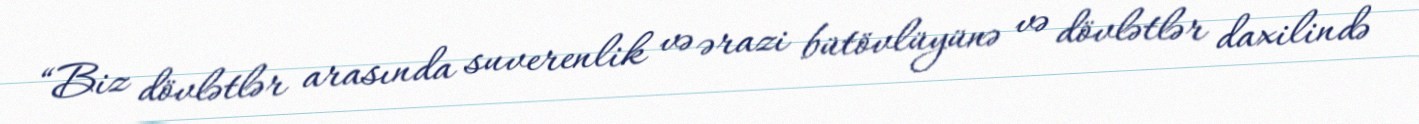
“Biz dövlətlər arasında suverenlik və ərazi bütövlüyünə və dövlətlər daxilində